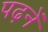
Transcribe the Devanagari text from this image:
पढ़नें